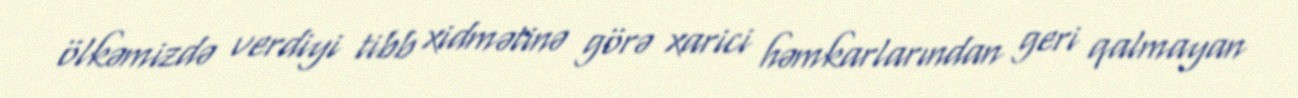
ölkəmizdə verdiyi tibb xidmətinə görə xarici həmkarlarından geri qalmayan